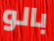
بالو